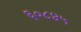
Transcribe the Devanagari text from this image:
६०८४५